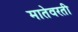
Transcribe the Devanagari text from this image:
मातेवरती